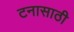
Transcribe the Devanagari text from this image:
टनासाठी